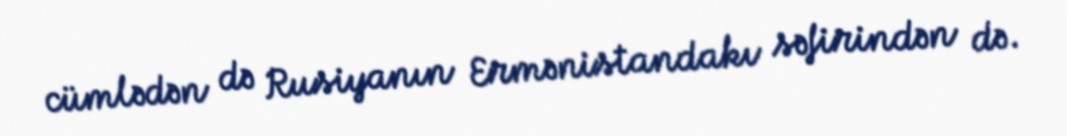
cümlədən də Rusiyanın Ermənistandakı səfirindən də.